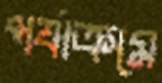
পর্যাক্রমে